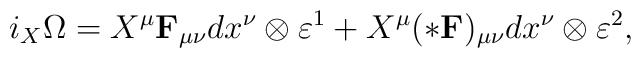
i_X\Omega=X^\mu {\bf F}_{\mu\nu}dx^\nu\otimes\varepsilon^1+X^\mu (*{\bf F})_{\mu\nu}dx^\nu\otimes\varepsilon^2,\